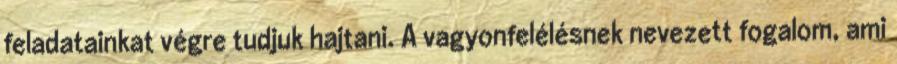
feladatainkat végre tudjuk hajtani. A vagyonfelélésnek nevezett fogalom, ami